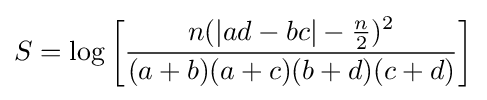
S=\log \left[{\frac {n(|ad-bc|-{\frac {n}{2}})^{2}}{(a+b)(a+c)(b+d)(c+d)}}\right]